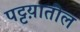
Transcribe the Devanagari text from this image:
पट्टय़ातील